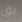
بق